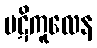
ပဋိကူလေန